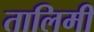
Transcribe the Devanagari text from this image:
तालिमी